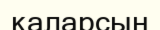
қаларсын